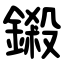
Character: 鎩